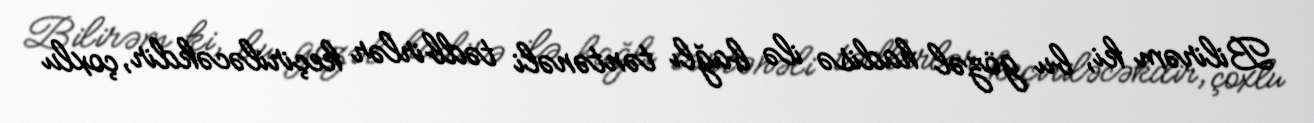
Bilirəm ki, bu gözəl hadisə ilə bağlı təntənəli tədbirlər keçiriləcəkdir, çoxlu